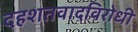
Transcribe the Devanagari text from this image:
दहशतवादविरोधी